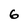
Character: 6